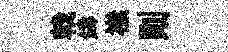
戟鑄襟则